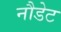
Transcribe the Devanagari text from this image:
नौडेट